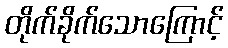
တိုက်ခိုက်သောကြောင့်